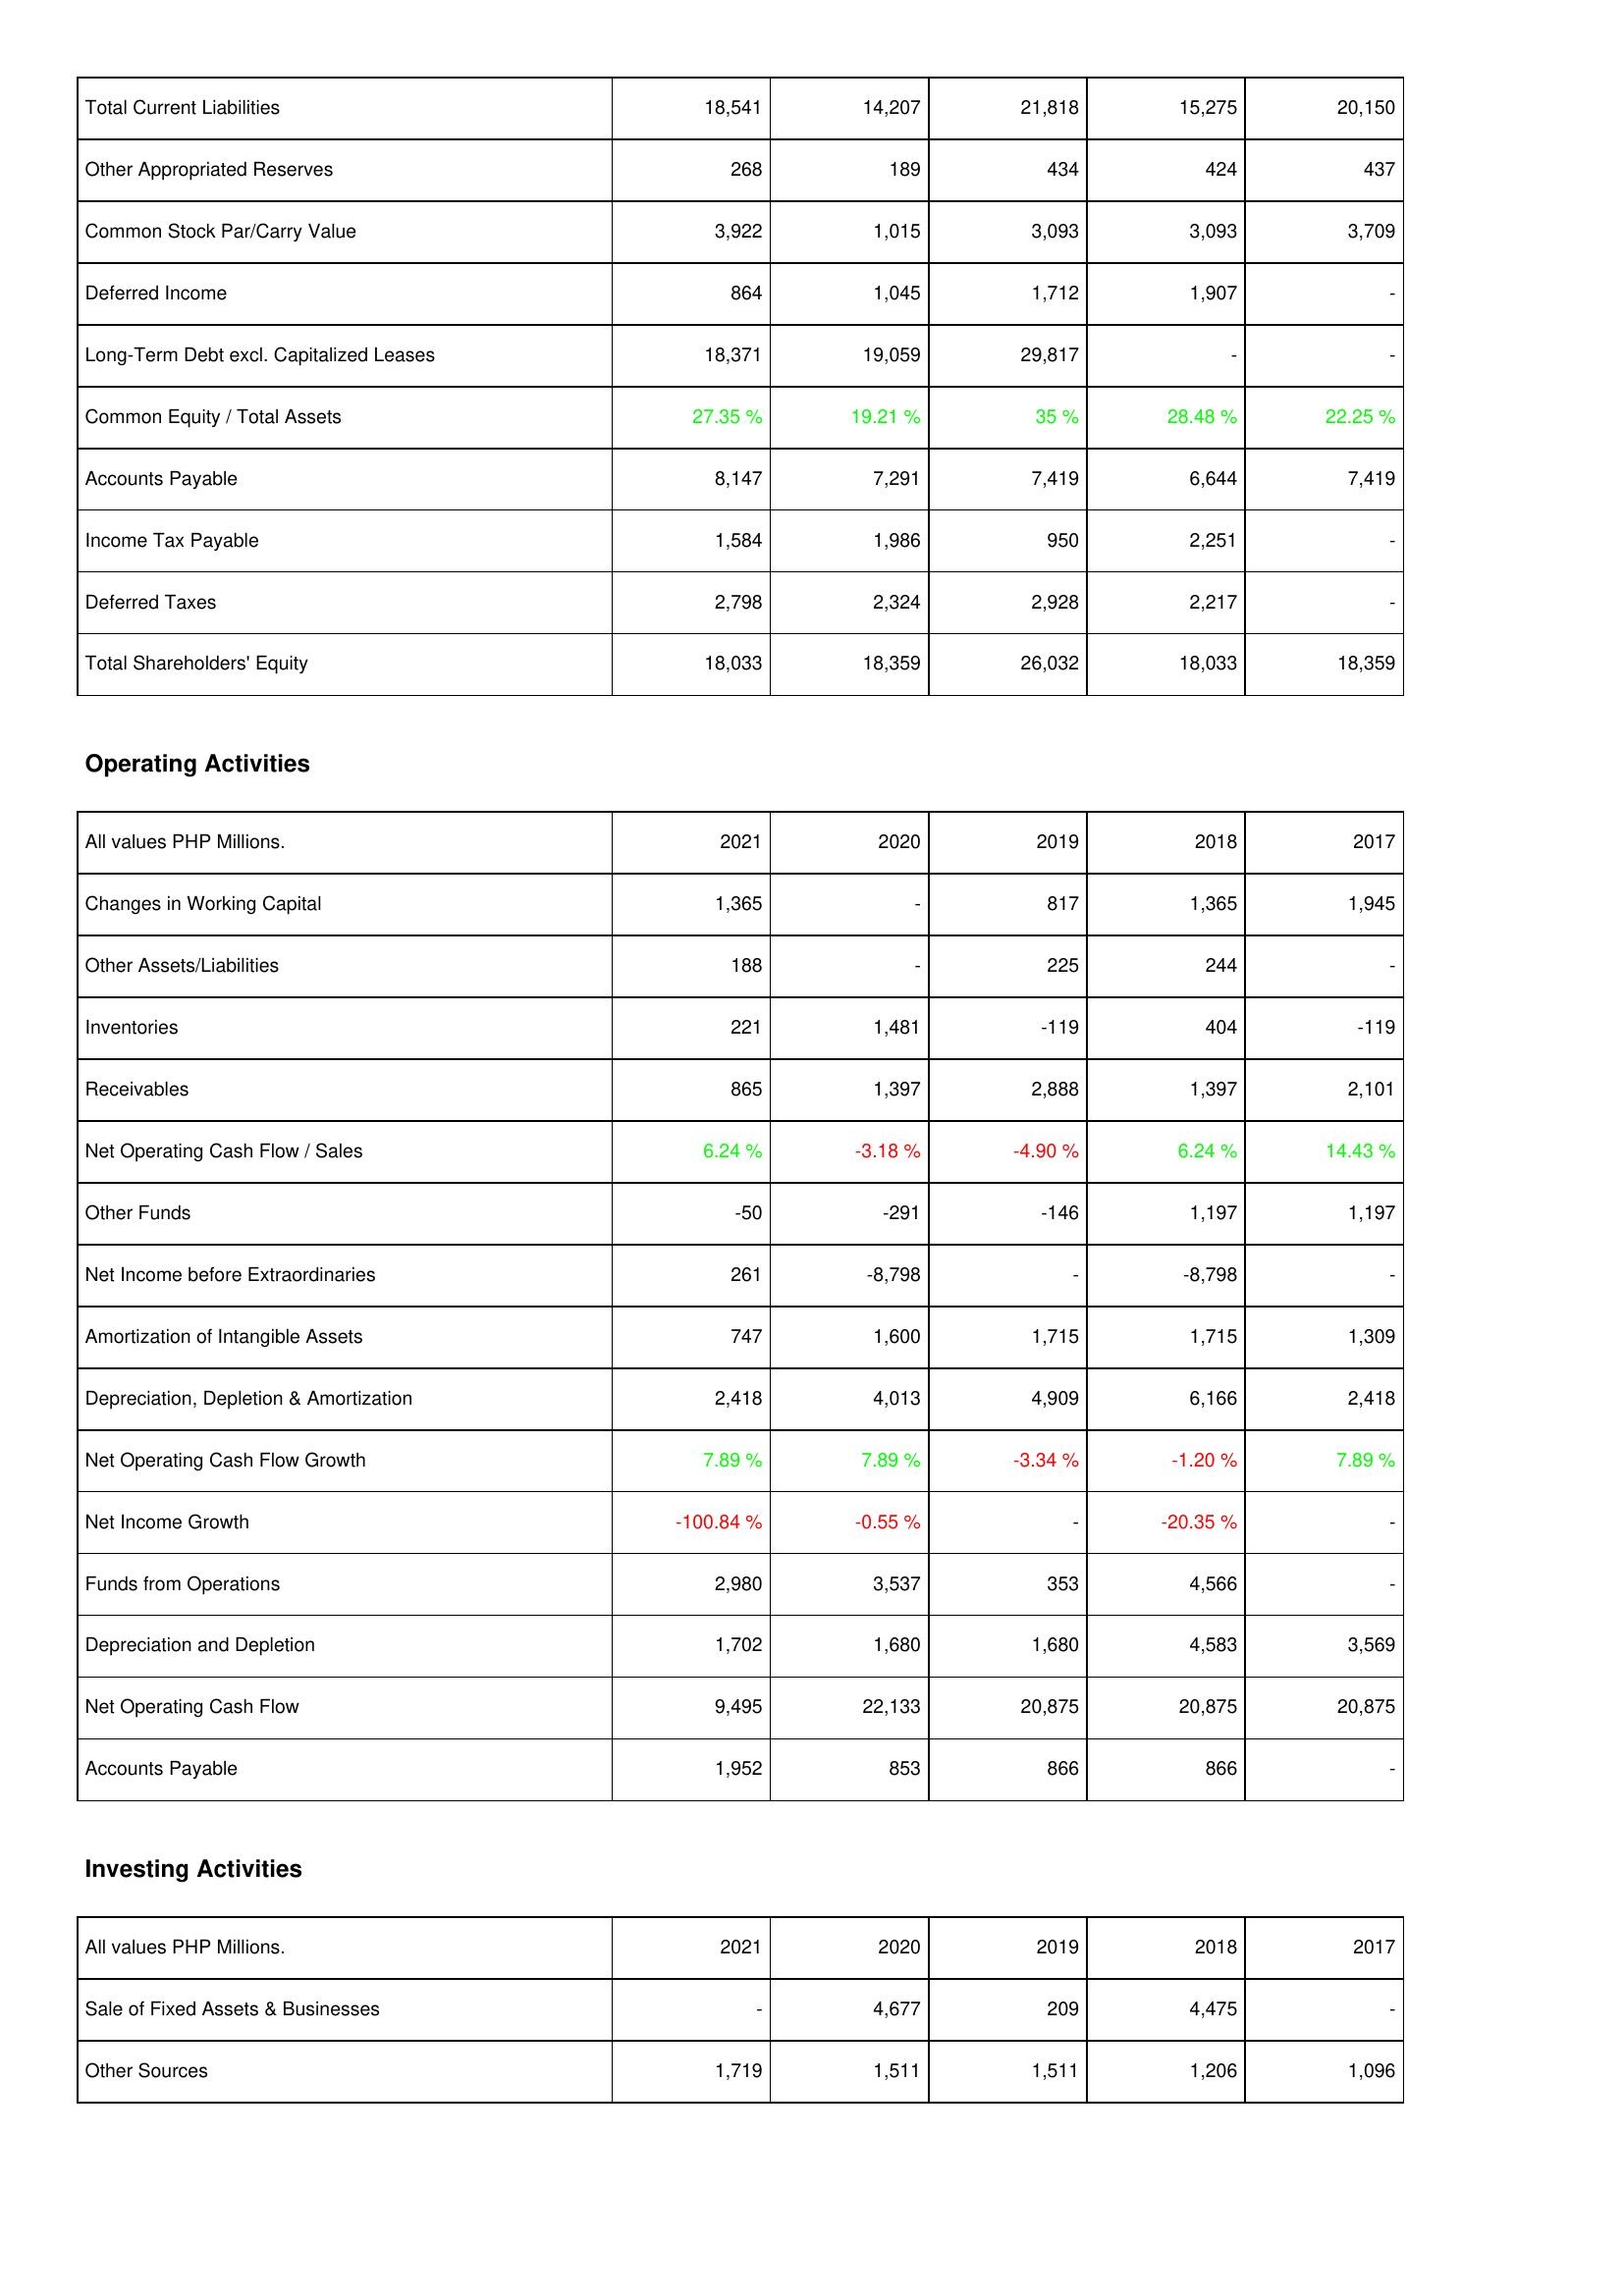
2021: Liabilities & Shareholders' Equity: Total Current Liabilities: 18,541
Other Appropriated Reserves: 268
Common Stock Par/Carry Value: 3,922
Deferred Income: 864
Long-Term Debt excl. Capitalized Leases: 18,371
Common Equity / Total Assets: 27.35 %
Accounts Payable: 8,147
Income Tax Payable: 1,584
Deferred Taxes: 2,798
Total Shareholders' Equity: 18,033
Operating Activities: Changes in Working Capital: 1,365
Other Assets/Liabilities: 188
Inventories: 221
Receivables: 865
Net Operating Cash Flow / Sales: 6.24 %
Other Funds: -50
Net Income before Extraordinaries: 261
Amortization of Intangible Assets: 747
Depreciation, Depletion & Amortization: 2,418
Net Operating Cash Flow Growth: 7.89 %
Net Income Growth: -100.84 %
Funds from Operations: 2,980
Depreciation and Depletion: 1,702
Net Operating Cash Flow: 9,495
Accounts Payable: 1,952
Investing Activities: Sale of Fixed Assets & Businesses: -
Other Sources: 1,719
2020: Liabilities & Shareholders' Equity: Total Current Liabilities: 14,207
Other Appropriated Reserves: 189
Common Stock Par/Carry Value: 1,015
Deferred Income: 1,045
Long-Term Debt excl. Capitalized Leases: 19,059
Common Equity / Total Assets: 19.21 %
Accounts Payable: 7,291
Income Tax Payable: 1,986
Deferred Taxes: 2,324
Total Shareholders' Equity: 18,359
Operating Activities: Changes in Working Capital: -
Other Assets/Liabilities: -
Inventories: 1,481
Receivables: 1,397
Net Operating Cash Flow / Sales: -3.18 %
Other Funds: -291
Net Income before Extraordinaries: -8,798
Amortization of Intangible Assets: 1,600
Depreciation, Depletion & Amortization: 4,013
Net Operating Cash Flow Growth: 7.89 %
Net Income Growth: -0.55 %
Funds from Operations: 3,537
Depreciation and Depletion: 1,680
Net Operating Cash Flow: 22,133
Accounts Payable: 853
Investing Activities: Sale of Fixed Assets & Businesses: 4,677
Other Sources: 1,511
2019: Liabilities & Shareholders' Equity: Total Current Liabilities: 21,818
Other Appropriated Reserves: 434
Common Stock Par/Carry Value: 3,093
Deferred Income: 1,712
Long-Term Debt excl. Capitalized Leases: 29,817
Common Equity / Total Assets: 35 %
Accounts Payable: 7,419
Income Tax Payable: 950
Deferred Taxes: 2,928
Total Shareholders' Equity: 26,032
Operating Activities: Changes in Working Capital: 817
Other Assets/Liabilities: 225
Inventories: -119
Receivables: 2,888
Net Operating Cash Flow / Sales: -4.90 %
Other Funds: -146
Net Income before Extraordinaries: -
Amortization of Intangible Assets: 1,715
Depreciation, Depletion & Amortization: 4,909
Net Operating Cash Flow Growth: -3.34 %
Net Income Growth: -
Funds from Operations: 353
Depreciation and Depletion: 1,680
Net Operating Cash Flow: 20,875
Accounts Payable: 866
Investing Activities: Sale of Fixed Assets & Businesses: 209
Other Sources: 1,511
2018: Liabilities & Shareholders' Equity: Total Current Liabilities: 15,275
Other Appropriated Reserves: 424
Common Stock Par/Carry Value: 3,093
Deferred Income: 1,907
Long-Term Debt excl. Capitalized Leases: -
Common Equity / Total Assets: 28.48 %
Accounts Payable: 6,644
Income Tax Payable: 2,251
Deferred Taxes: 2,217
Total Shareholders' Equity: 18,033
Operating Activities: Changes in Working Capital: 1,365
Other Assets/Liabilities: 244
Inventories: 404
Receivables: 1,397
Net Operating Cash Flow / Sales: 6.24 %
Other Funds: 1,197
Net Income before Extraordinaries: -8,798
Amortization of Intangible Assets: 1,715
Depreciation, Depletion & Amortization: 6,166
Net Operating Cash Flow Growth: -1.20 %
Net Income Growth: -20.35 %
Funds from Operations: 4,566
Depreciation and Depletion: 4,583
Net Operating Cash Flow: 20,875
Accounts Payable: 866
Investing Activities: Sale of Fixed Assets & Businesses: 4,475
Other Sources: 1,206
2017: Liabilities & Shareholders' Equity: Total Current Liabilities: 20,150
Other Appropriated Reserves: 437
Common Stock Par/Carry Value: 3,709
Deferred Income: -
Long-Term Debt excl. Capitalized Leases: -
Common Equity / Total Assets: 22.25 %
Accounts Payable: 7,419
Income Tax Payable: -
Deferred Taxes: -
Total Shareholders' Equity: 18,359
Operating Activities: Changes in Working Capital: 1,945
Other Assets/Liabilities: -
Inventories: -119
Receivables: 2,101
Net Operating Cash Flow / Sales: 14.43 %
Other Funds: 1,197
Net Income before Extraordinaries: -
Amortization of Intangible Assets: 1,309
Depreciation, Depletion & Amortization: 2,418
Net Operating Cash Flow Growth: 7.89 %
Net Income Growth: -
Funds from Operations: -
Depreciation and Depletion: 3,569
Net Operating Cash Flow: 20,875
Accounts Payable: -
Investing Activities: Sale of Fixed Assets & Businesses: -
Other Sources: 1,096